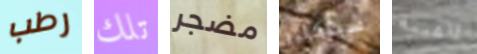
رطب تلك مضجر سينكلير الميتة